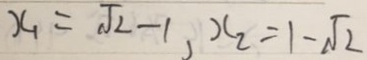
x _ { 1 } = \sqrt { 2 } - 1 , x _ { 2 } = 1 - \sqrt { 2 }